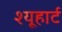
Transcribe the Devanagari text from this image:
श्यूहार्ट